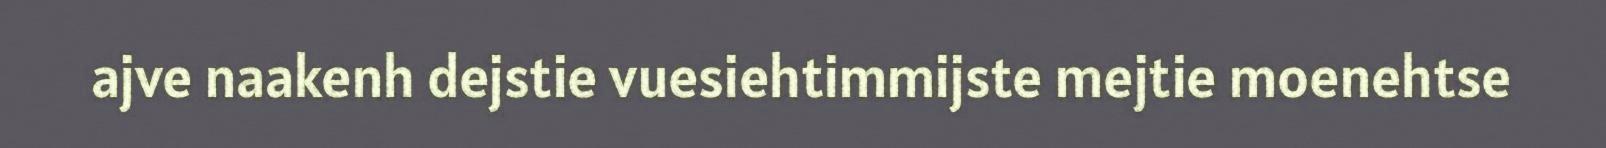
ajve naakenh dejstie vuesiehtimmijste mejtie moenehtse